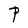
Character: P